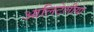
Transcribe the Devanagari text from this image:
आलिटेलीया